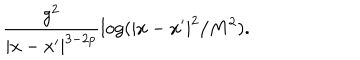
LaTeX: \frac { g ^ { 2 } } { | x - x ^ { \prime } | ^ { 3 - 2 p } } \log ( | x - x ^ { \prime } | ^ { 2 } / { M ^ { 2 } } ) .